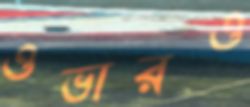
ওভারও